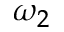
\omega _ { 2 }